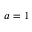
a = 1